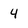
Character: 4